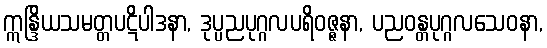
ဣန္ဒြိယသမတ္တပဋိပါဒနာ, ဒုပ္ပညပုဂ္ဂလပရိဝဇ္ဇနာ, ပညဝန္တပုဂ္ဂလသေဝနာ,